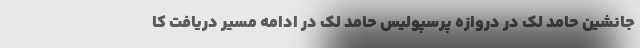
جانشین حامد لک در دروازه پرسپولیس حامد لک در ادامه مسیر دریافت کا